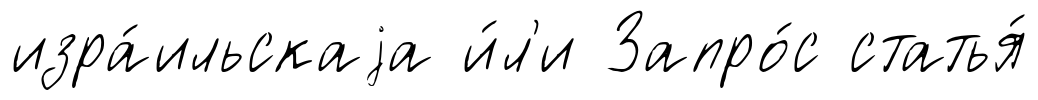
изра́ильскаjа и́л'и Запро́с статья́